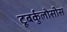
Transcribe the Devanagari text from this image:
टूबर्कुलोसीस